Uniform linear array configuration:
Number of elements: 8
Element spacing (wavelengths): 0.5
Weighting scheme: blackman
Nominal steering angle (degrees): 0
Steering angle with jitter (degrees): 1.516
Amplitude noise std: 0.05
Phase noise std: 0.05

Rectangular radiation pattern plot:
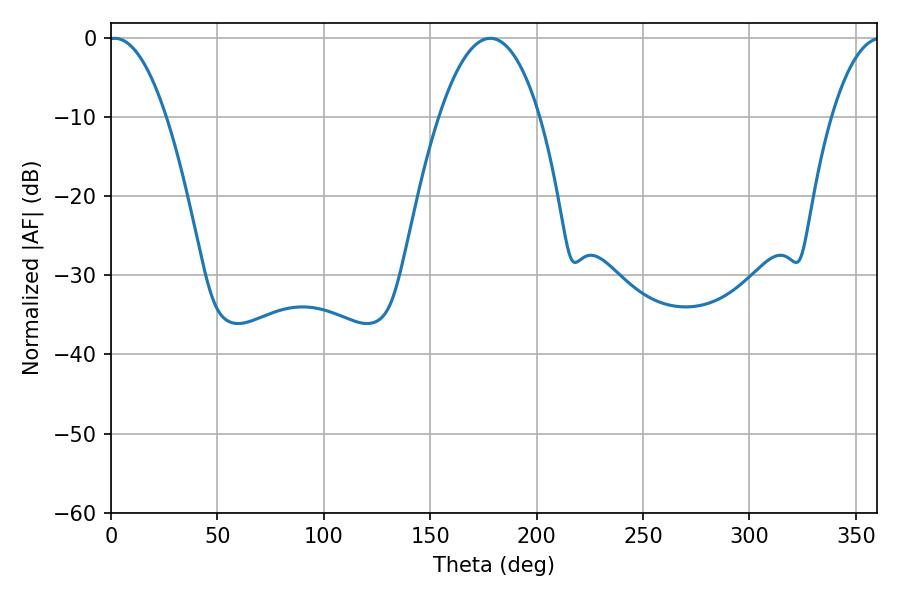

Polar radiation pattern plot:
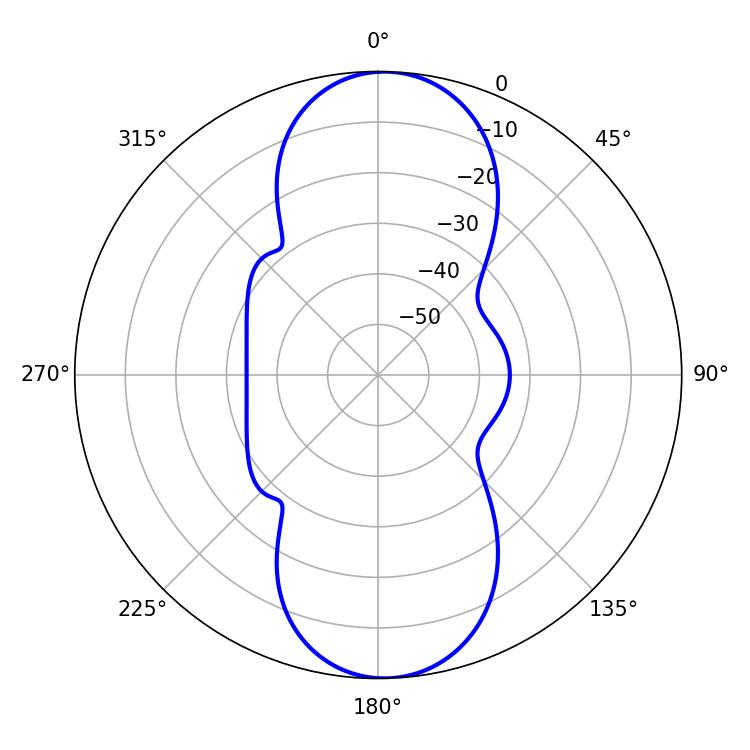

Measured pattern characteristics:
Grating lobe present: FALSE
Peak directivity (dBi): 17.662
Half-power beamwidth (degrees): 15.12
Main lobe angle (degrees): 1.8